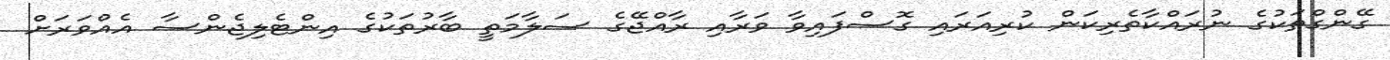
ގޭންގްތަކުގެ ނުރައްކާތެރިކަން ކުރިއަރައި ގޮސްފައިވާ ވަރާއި ރާއްޖޭގެ ސަލާމަތީ ބާރުތަކުގެ އިންޓެލިޖެންސާ އެއްވަރަށް